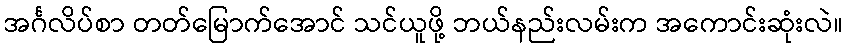
အင်္ဂလိပ်စာ တတ်မြောက်အောင် သင်ယူဖို့ ဘယ်နည်းလမ်းက အကောင်းဆုံးလဲ။